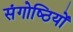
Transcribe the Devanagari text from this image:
संगोष्‍ठियों